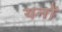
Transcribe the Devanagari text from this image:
यनों